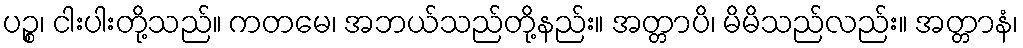
ပဉ္စ၊ ငါးပါးတို့သည်။ ကတမေ၊ အဘယ်သည်တို့နည်း။ အတ္တာပိ၊ မိမိသည်လည်း။ အတ္တာနံ၊